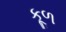
કૂળ